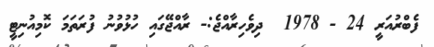
ފެބްރުއަރީ 24 - 1978  ދިވެހިރާއްޖެ:- ރާއްޖޭގައި ހުޅުވުނު ފުރަތަމަ ކޮމިއުނިޓީ